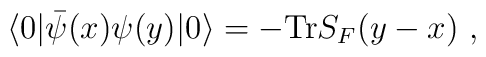
\langle 0|\bar{\psi}(x) \psi (y) | 0\rangle     =-{\rm Tr} S_F(y-x)\ ,